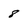
Character: 8